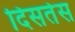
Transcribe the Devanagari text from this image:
दिसतेस